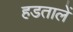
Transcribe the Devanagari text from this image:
हडतालें